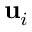
\mathbf { u } _ { i }